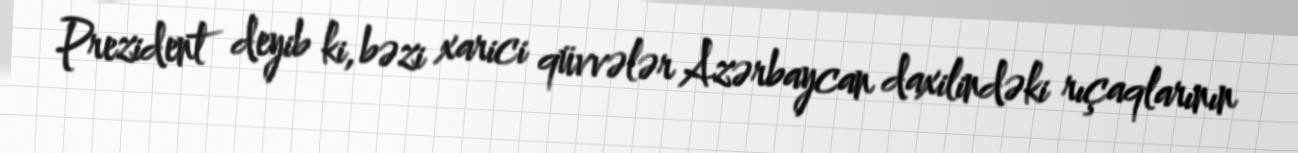
Prezident deyib ki, bəzi xarici qüvvələr Azərbaycan daxilindəki rıçaqlarının